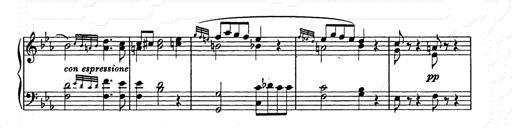
Title: Allegro di bravura
Composer: Carl Maria von Weber
Key: D major